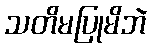
သတိမပြုမိဘဲ